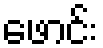
ဖောင်း